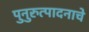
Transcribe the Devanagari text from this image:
पुनुरुत्पादनाचे